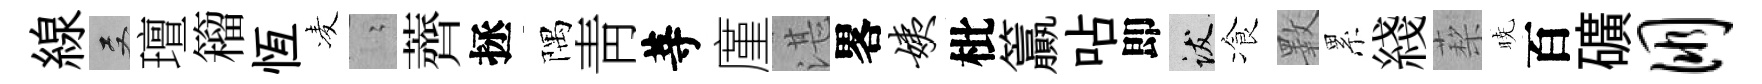
線双璮籕恆凌隐薺拯隅靑䓁廑湛畧姨枇籯呫即跋飡斁累綫蔾暁百礦朋